65_HS1-834228961_62-HQ-83894_Serial_449
Agency: FBI
Page 10
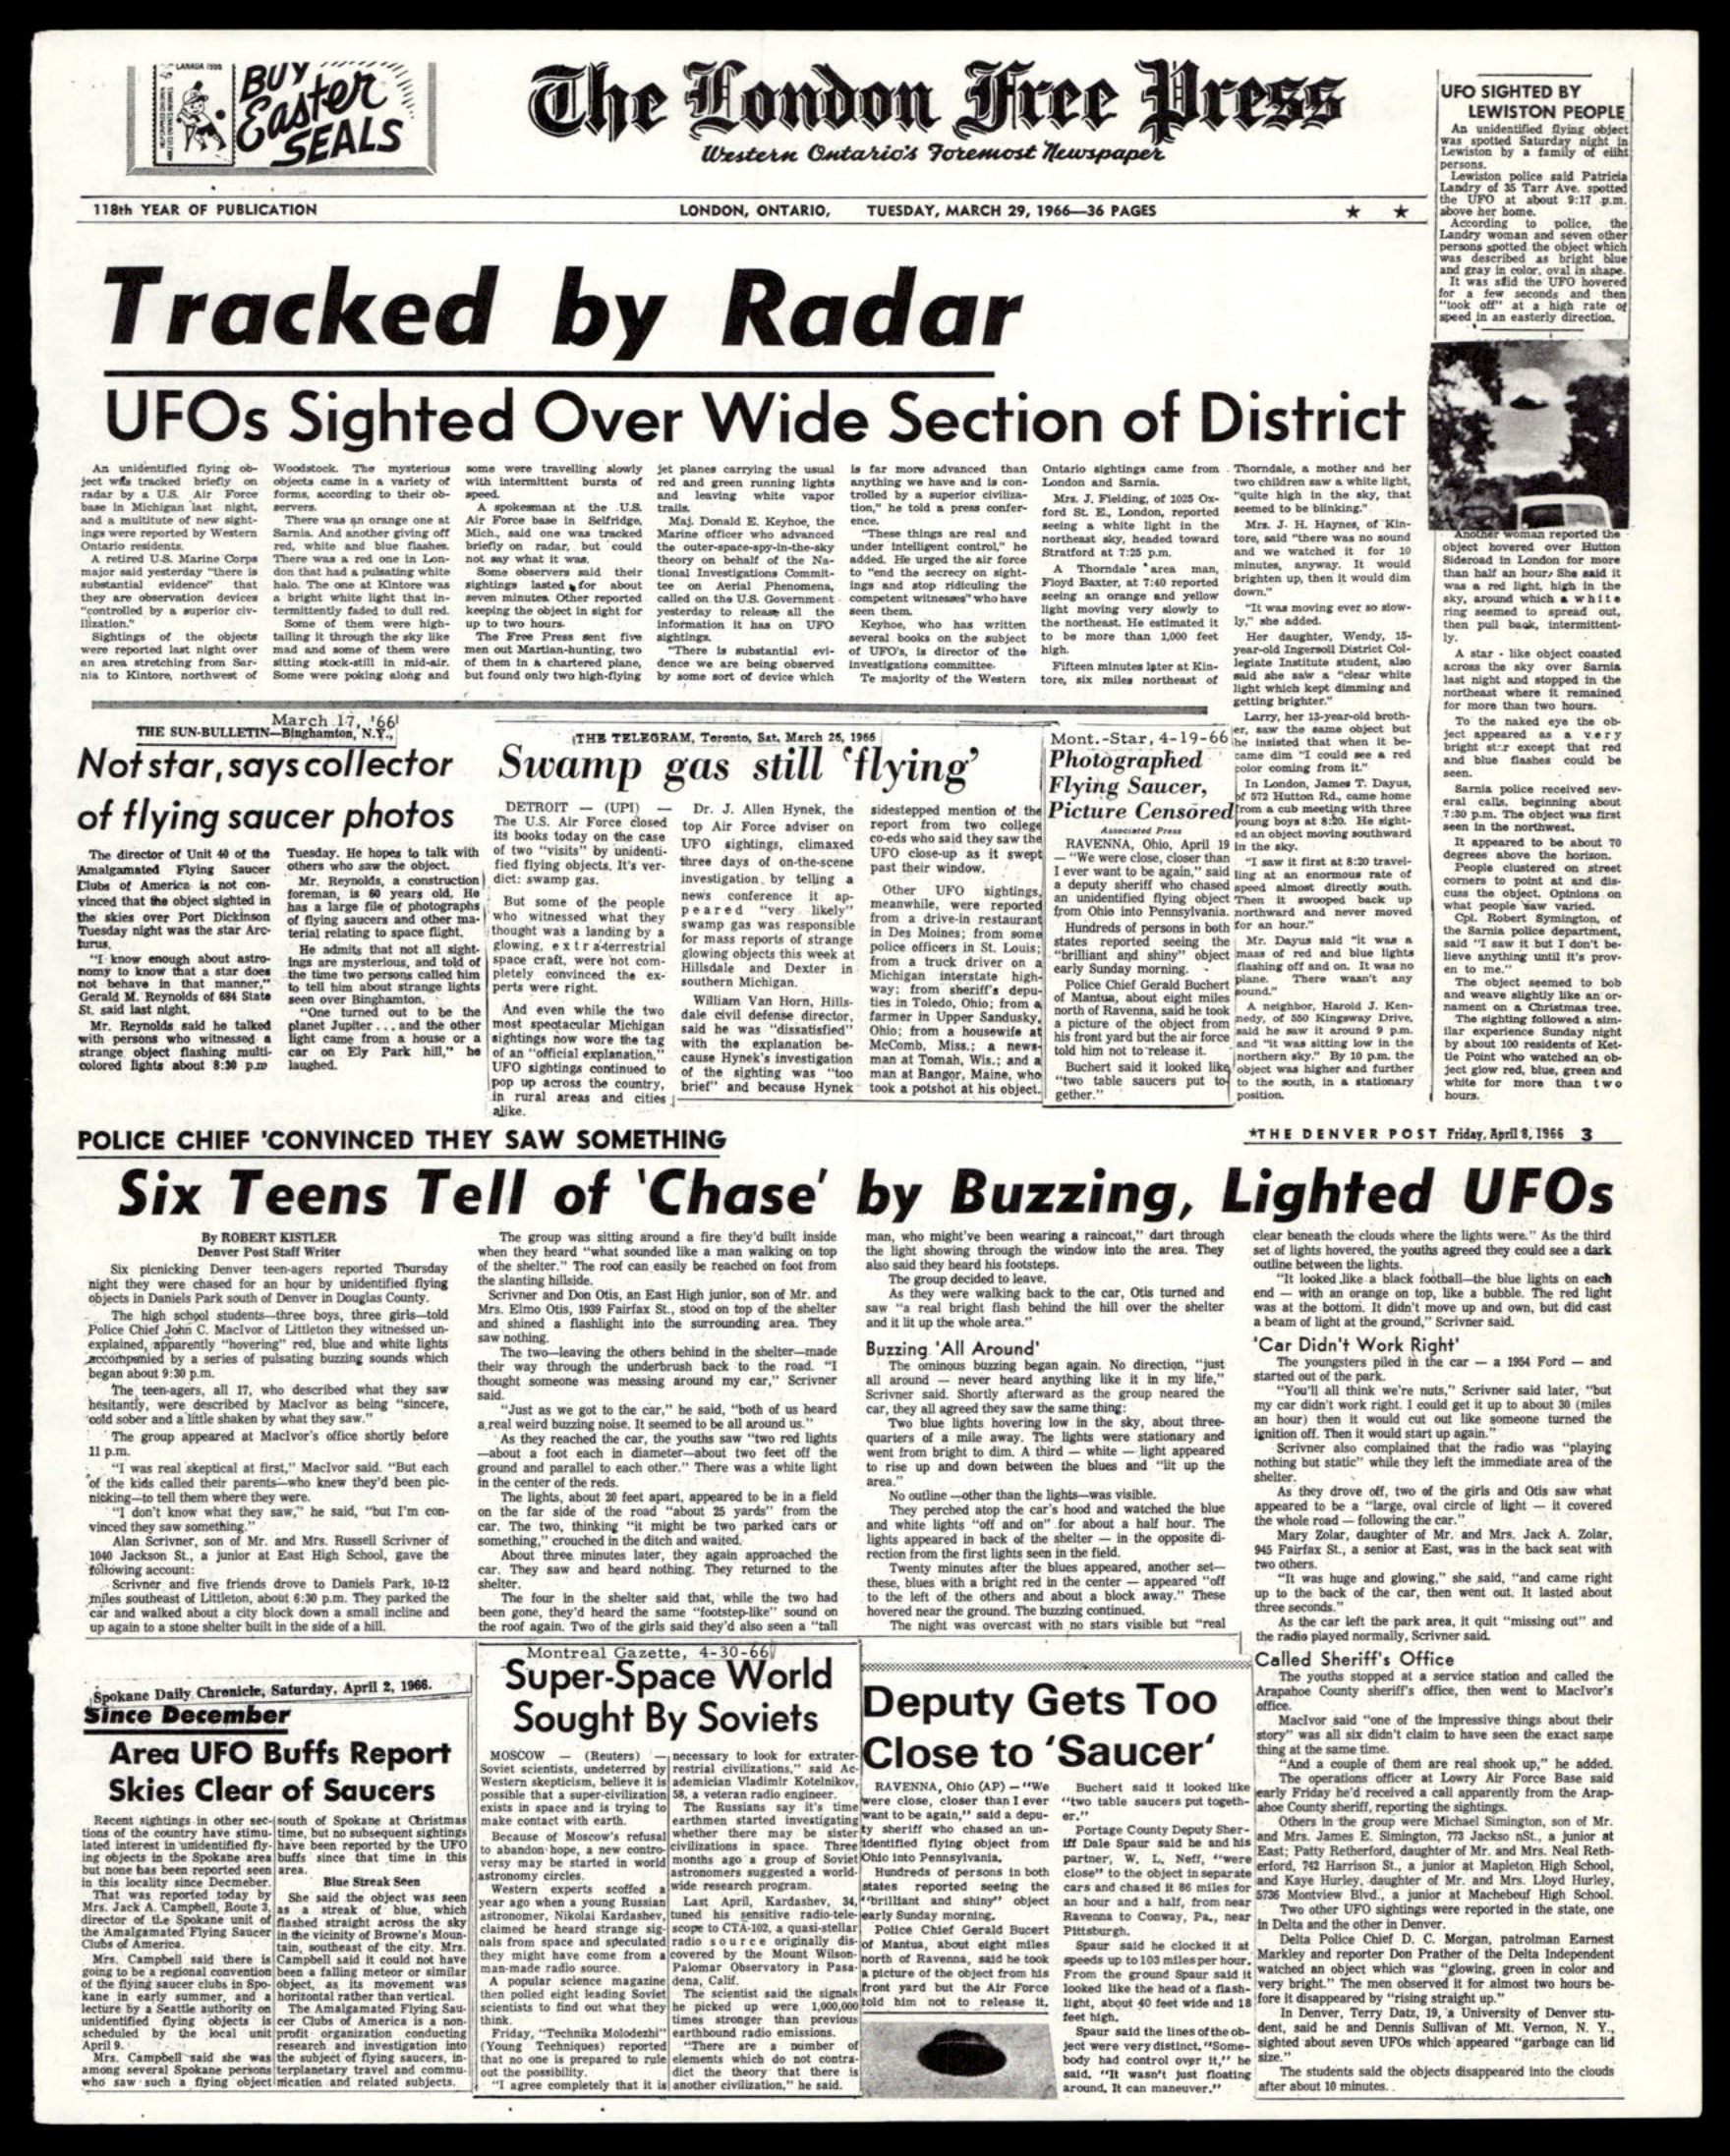